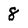
Character: 8